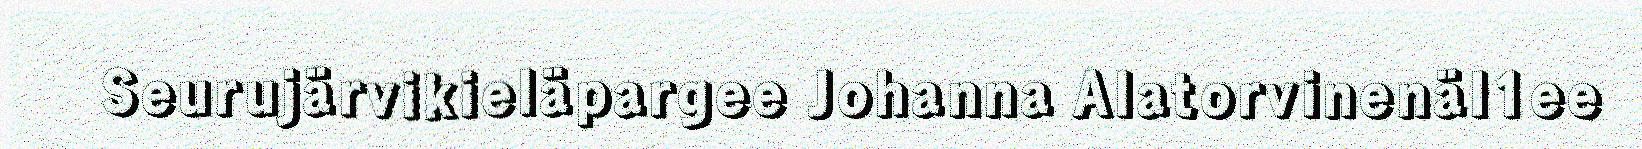
Seurujärvikieläpargee Johanna AlatorvinenäI1ee